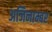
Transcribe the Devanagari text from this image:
अजिनाम्बर